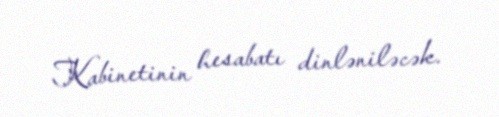
Kabinetinin hesabatı dinləniləcək.